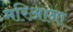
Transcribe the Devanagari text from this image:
मरिआना